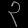
Digit: ၃